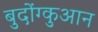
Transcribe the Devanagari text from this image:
बुदोंग्कुआन